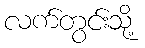
လက်တွင်းသို့